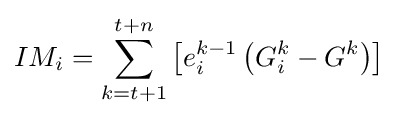
IM_{i}=\sum _{k=t+1}^{t+n}\left[e_{i}^{k-1}\left(G_{i}^{k}-G^{k}\right)\right]